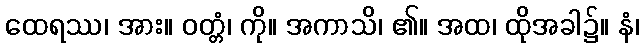
ထေရဿ၊ အား။ ဝတ္တံ၊ ကို။ အကာသိ၊ ၏။ အထ၊ ထိုအခါ၌။ နံ၊